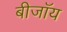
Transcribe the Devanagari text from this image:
बीजॉय